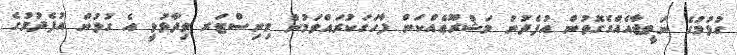
ގުޅުމުގެ ނަތީޖާއެއްގެގޮތުން އުފެދުނު މަޝްރޫޢެއްކަން ފާހަގަކުރައްވަމުން މިނިސްޓަރ ވިދާޅުވީ އެ ގުޅުން އުފެދުމުގެ